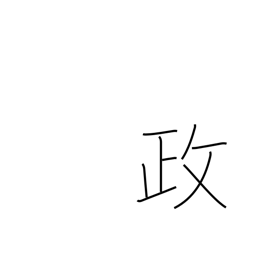
Meaning: politics